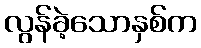
လွန်ခဲ့သောနှစ်က